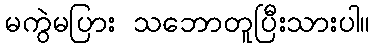
မကွဲမပြား သဘောတူပြီးသားပါ။